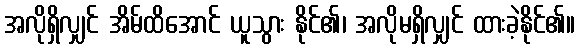
အလိုရှိလျှင် အိမ်ထိအောင် ယူသွား နိုင်၏၊ အလိုမရှိလျှင် ထားခဲ့နိုင်၏။